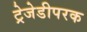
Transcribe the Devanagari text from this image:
ट्रेजेडीपरक